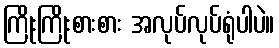
ကြိုးကြိုးစားစား အလုပ်လုပ်ရုံပါပဲ။